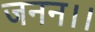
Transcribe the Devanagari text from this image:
जनन।।